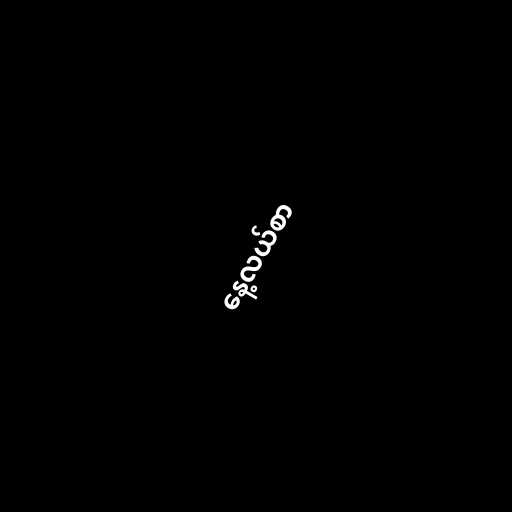
နေ့လယ်စာ